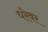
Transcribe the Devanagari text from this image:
धरेवर